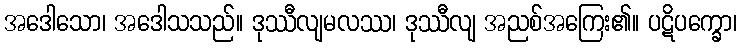
အဒေါသော၊ အဒေါသသည်။ ဒုဿီလျမလဿ၊ ဒုဿီလျ အညစ်အကြေး၏။ ပဋိပက္ခော၊